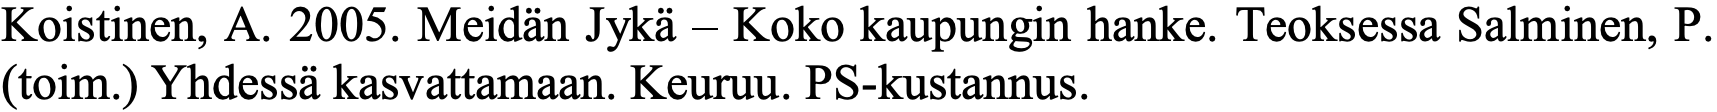
Koistinen, A. 2005. Meidän Jykä – Koko kaupungin hanke. Teoksessa Salminen, P. (toim.) Yhdessä kasvattamaan. Keuruu. PS-kustannus.